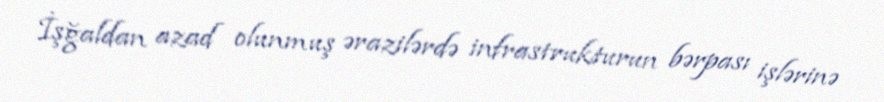
İşğaldan azad olunmuş ərazilərdə infrastrukturun bərpası işlərinə